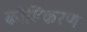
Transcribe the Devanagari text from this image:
कोडिकरण